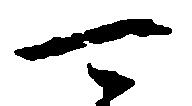
可